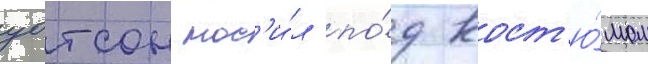
уотсон нос'и́л по́д кост'ю́мом